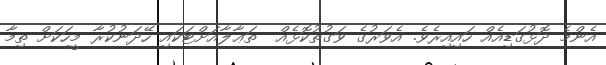
އެންމެ ދޮޅުގަޑިއެއް ހައިއިރެވެ. އެވަރުގެ ވަގުތުކޮޅެއް  ތަޢާލާއަށްޓަކައި ހޭދަނުކުރާ މީހަކަށް ތިމާ